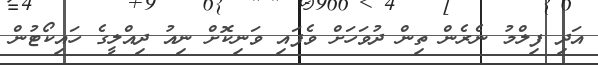
އަދި ފިލްމު ނެރެން ތިން ދުވަހަށް ވެފައި ވަނިކޮށް ނިއު ދިއްލީގެ ހައިކޯޓުން